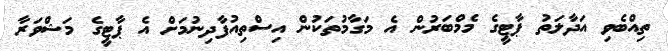
ތިއްބެވި އަދާލަތު ޕާޓީގެ މެމްބަރުން އެ މަގާމުތަކުން އިސްތިއުފާދިނުމަށް އެ ޕާޓީގެ މަޝްވަރާ